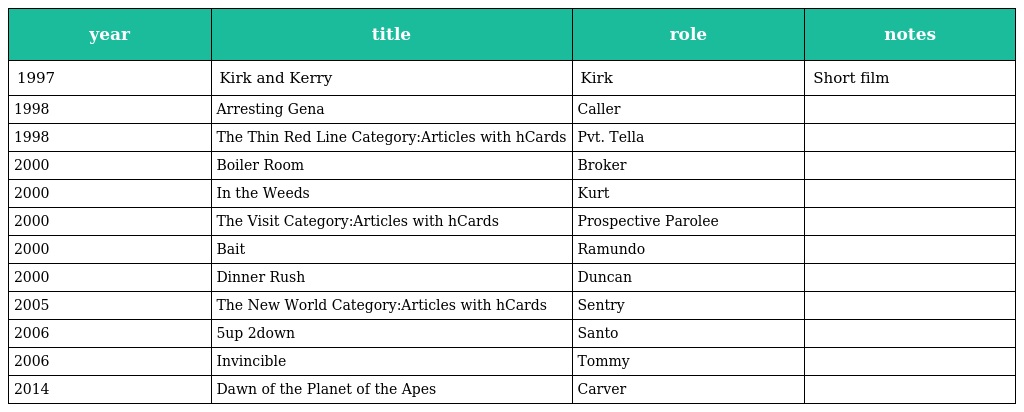
| year | title | role | notes |
 | --- | --- | --- | --- |
 | 1997 | Kirk and Kerry | Kirk | Short film |
 | 1998 | Arresting Gena | Caller |  |
 | 1998 | The Thin Red Line Category:Articles with hCards | Pvt. Tella |  |
 | 2000 | Boiler Room | Broker |  |
 | 2000 | In the Weeds | Kurt |  |
 | 2000 | The Visit Category:Articles with hCards | Prospective Parolee |  |
 | 2000 | Bait | Ramundo |  |
 | 2000 | Dinner Rush | Duncan |  |
 | 2005 | The New World Category:Articles with hCards | Sentry |  |
 | 2006 | 5up 2down | Santo |  |
 | 2006 | Invincible | Tommy |  |
 | 2014 | Dawn of the Planet of the Apes | Carver |  |